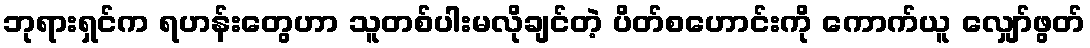
ဘုရားရှင်က ရဟန်းတွေဟာ သူတစ်ပါးမလိုချင်တဲ့ ပိတ်စဟောင်းကို ကောက်ယူ လျှော်ဖွတ်